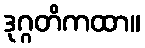
ဒုဂ္ဂတိကထာ။